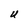
Character: U